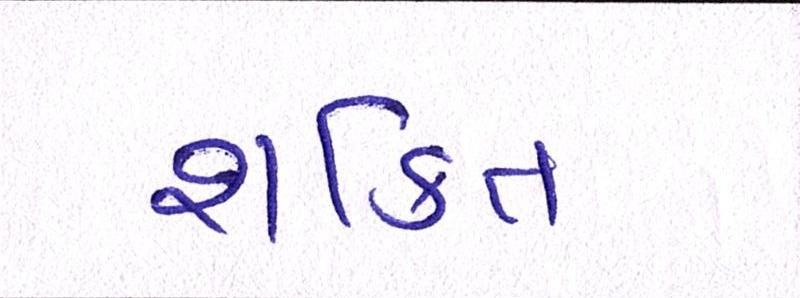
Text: શકિત